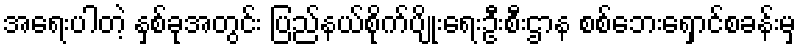
အရေးပါတဲ့ နှစ်ခုအတွင်း ပြည်နယ်စိုက်ပျိုးရေးဦးစီးဌာန စစ်ဘေးရှောင်စခန်းမှ